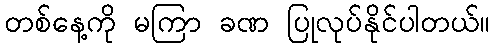
တစ်နေ့ကို မကြာ ခဏ ပြုလုပ်နိုင်ပါတယ်။